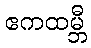
ဧကထမ္ဘီ